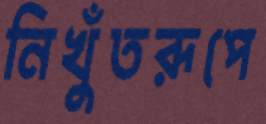
নিখুঁতরূপে